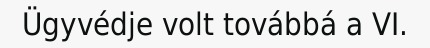
Ügyvédje volt továbbá a VI.